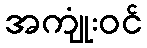
အကျုံးဝင်